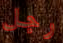
رجل